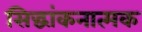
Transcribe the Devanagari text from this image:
सिद्धांकनात्मक